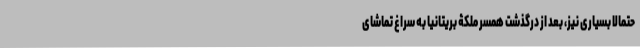
حتمالا بسیاری نیز، بعد از درگذشت همسر ملکۀ بریتانیا به سراغ تماشای